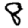
Digit: 8